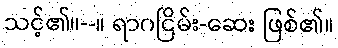
သင့်၏။--။ ရာဂငြိမ်း-ဆေး ဖြစ်၏။